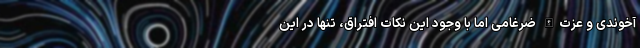
آخوندی و عزت‌الله ضرغامی اما با وجود این نکات افتراق، تنها در این